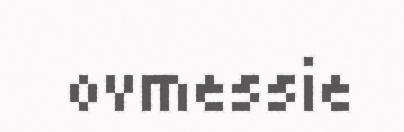
ovmessie